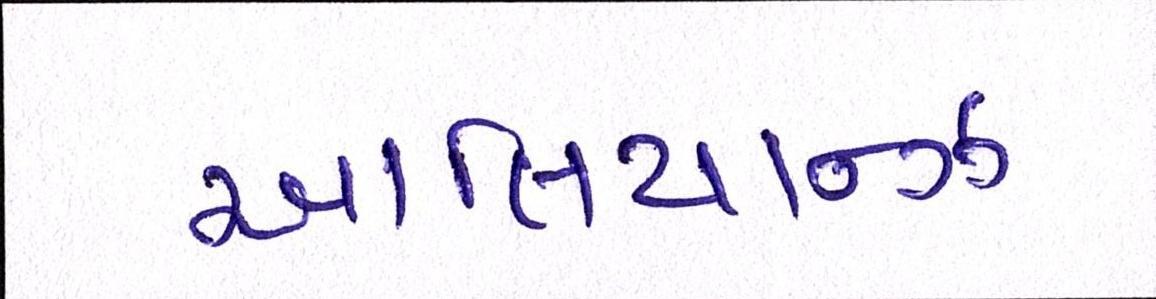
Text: આલિયાન્ઝ